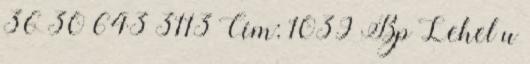
36 30 643 3113 Cím: 1039 Bp Lehel u